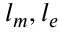
l _ { m } , l _ { e }